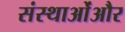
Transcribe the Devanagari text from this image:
संस्थाओंऔर